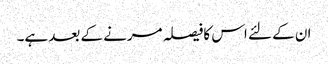
ان کے لئے اس کافیصلہ مرنے کے بعد ہے۔